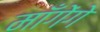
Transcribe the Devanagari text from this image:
माँगेंगे